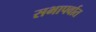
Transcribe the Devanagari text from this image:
सभापर्वात